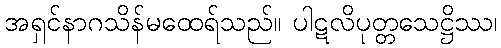
အရှင်နာဂသိန်မထေရ်သည်။ ပါဋလိပုတ္တသေဋ္ဌိဿ၊